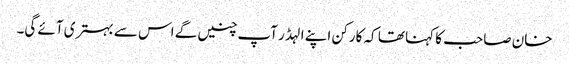
خان صاحب کا کہنا تھا کہ کارکن اپنے الہڈر آپ چنیں گے اس سے بہتری آئے گی۔